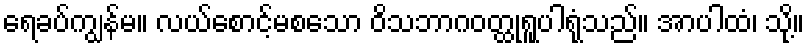
ရေခပ်ကျွန်မ။ လယ်စောင့်မစသော ဝိသဘာဂဝတ္ထုရူပါရုံသည်။ အာပါထံ၊ သို့။